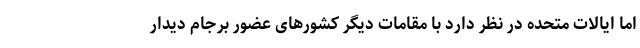
اما ایالات متحده در نظر دارد با مقامات دیگر کشورهای عضور برجام دیدار